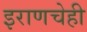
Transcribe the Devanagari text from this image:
इराणचेही